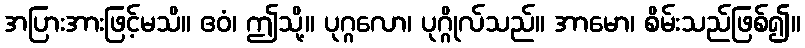
အပြားအားဖြင့်မသိ။ ဧဝံ၊ ဤသို့။ ပုဂ္ဂလော၊ ပုဂ္ဂိုလ်သည်။ အာမော၊ စိမ်းသည်ဖြစ်၍။